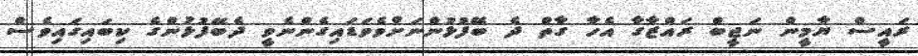
ރައީސް ޔާމީންް ނަޖީބް ރައްޒާގާ އެހާ ގާތް ދެ ބޭފުޅުންނަށްވެވަޑައިގެންނެވީ ދެބޭފުޅުންގެ ކިިބައިގައިވެސް